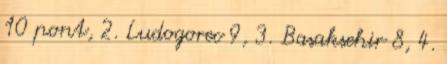
10 pont, 2. Ludogorec 9, 3. Basaksehir 8, 4.